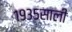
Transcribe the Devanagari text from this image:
१९३५साली